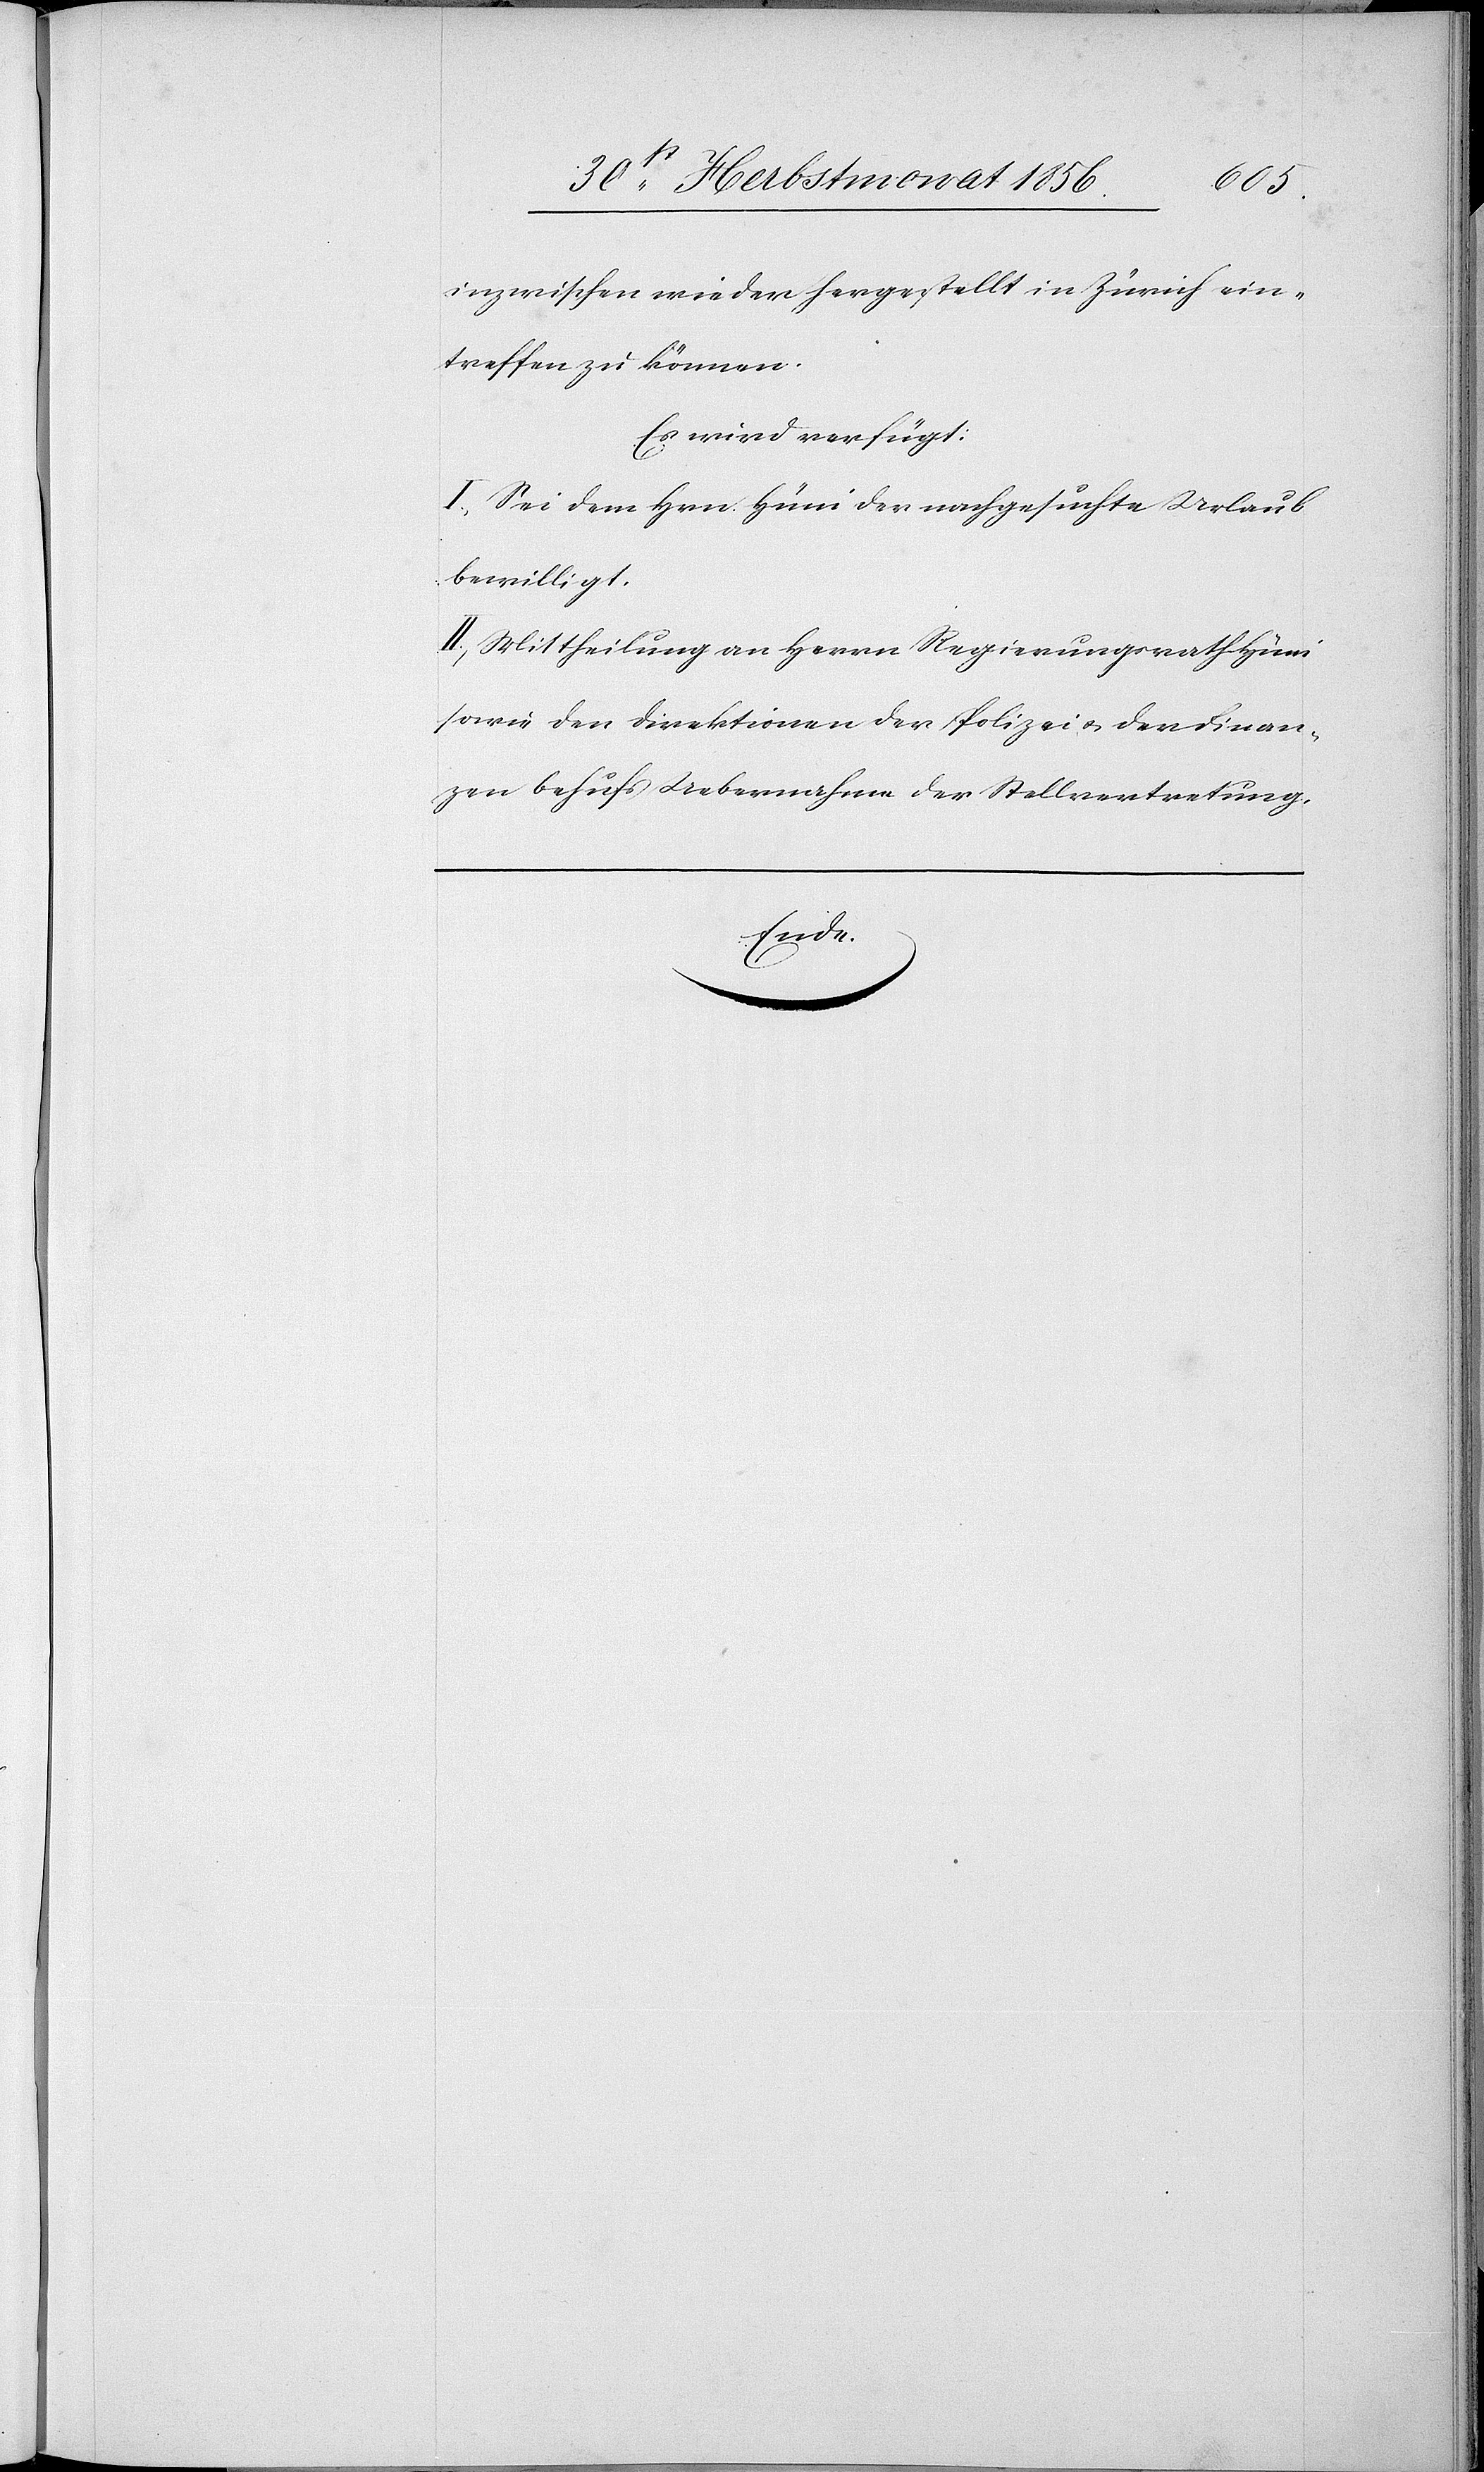
inzwischen wieder hergestellt in Zürich ein¬
treffen zu können.
Es wird verfügt:
I.) Sei dem Hrn. Hüni der nachgesuchte Urlaub
bewilligt.
II.) Mittheilung an Herrn Regierungsrath Hüni
sowie den Direktionen der Polizei u. der Finan¬
zen behufs Uebernahme der Stellvertretung.